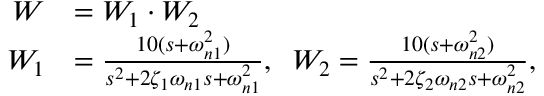
\begin{array} { r l } { W } & { = W _ { 1 } \cdot W _ { 2 } } \\ { W _ { 1 } } & { = \frac { 1 0 ( s + \omega _ { n 1 } ^ { 2 } ) } { s ^ { 2 } + 2 \zeta _ { 1 } \omega _ { n 1 } s + \omega _ { n 1 } ^ { 2 } } , \; \; W _ { 2 } = \frac { 1 0 ( s + \omega _ { n 2 } ^ { 2 } ) } { s ^ { 2 } + 2 \zeta _ { 2 } \omega _ { n 2 } s + \omega _ { n 2 } ^ { 2 } } , } \end{array}